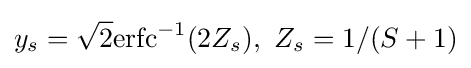
y_{s}={\sqrt {2}}\mathrm {erfc} ^{-1}(2Z_{s}),\ Z_{s}=1/(S+1)